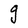
Character: g